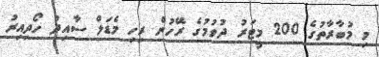
މި މުބާރާތުގެ 200 މީޓަރު ދުވުމުގެ ރޭހުން ރިހި މެޑަލް ސާއިދު ހޯދިއިރު